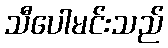
သီပေါမင်းသည်